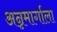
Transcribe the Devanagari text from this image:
अन्नमार्गाला